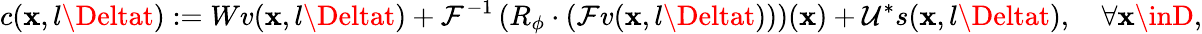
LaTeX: c(\mathbf{x},l\Deltat):=W{v}({\mathbf{x}},l\Deltat)+\mathcal{{F}}^{-1}\left(R_{\phi}\cdot\left(\mathcal{{F}}{v}({\mathbf{x}},l\Deltat)\right)\right)(\mathbf{x})+\mathcal{{U^{*}}}s(\mathbf{x},l\Deltat),\quad\forall\mathbf{x}\inD,